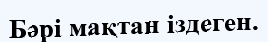
Бәрі мақтан іздеген.